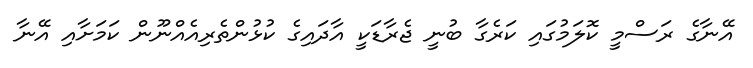
އޭނާގެ ރަސްމީ ކޮލަމުގައި ކަރެގާ ބުނީ ޖެރާޑަކީ އާދައިގެ ކުޅުންތެރިއެއްނޫން ކަމަށާއި އޭނާ